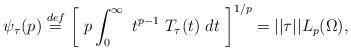
LaTeX: \begin{align*} \psi_{\tau}(p) \stackrel{def}{=} \left[ \ p \int_0^{\infty} \ t^{p-1} \ T_{\tau}(t) \ dt \ \right]^{1/p} = ||\tau||L_p(\Omega),\end{align*}